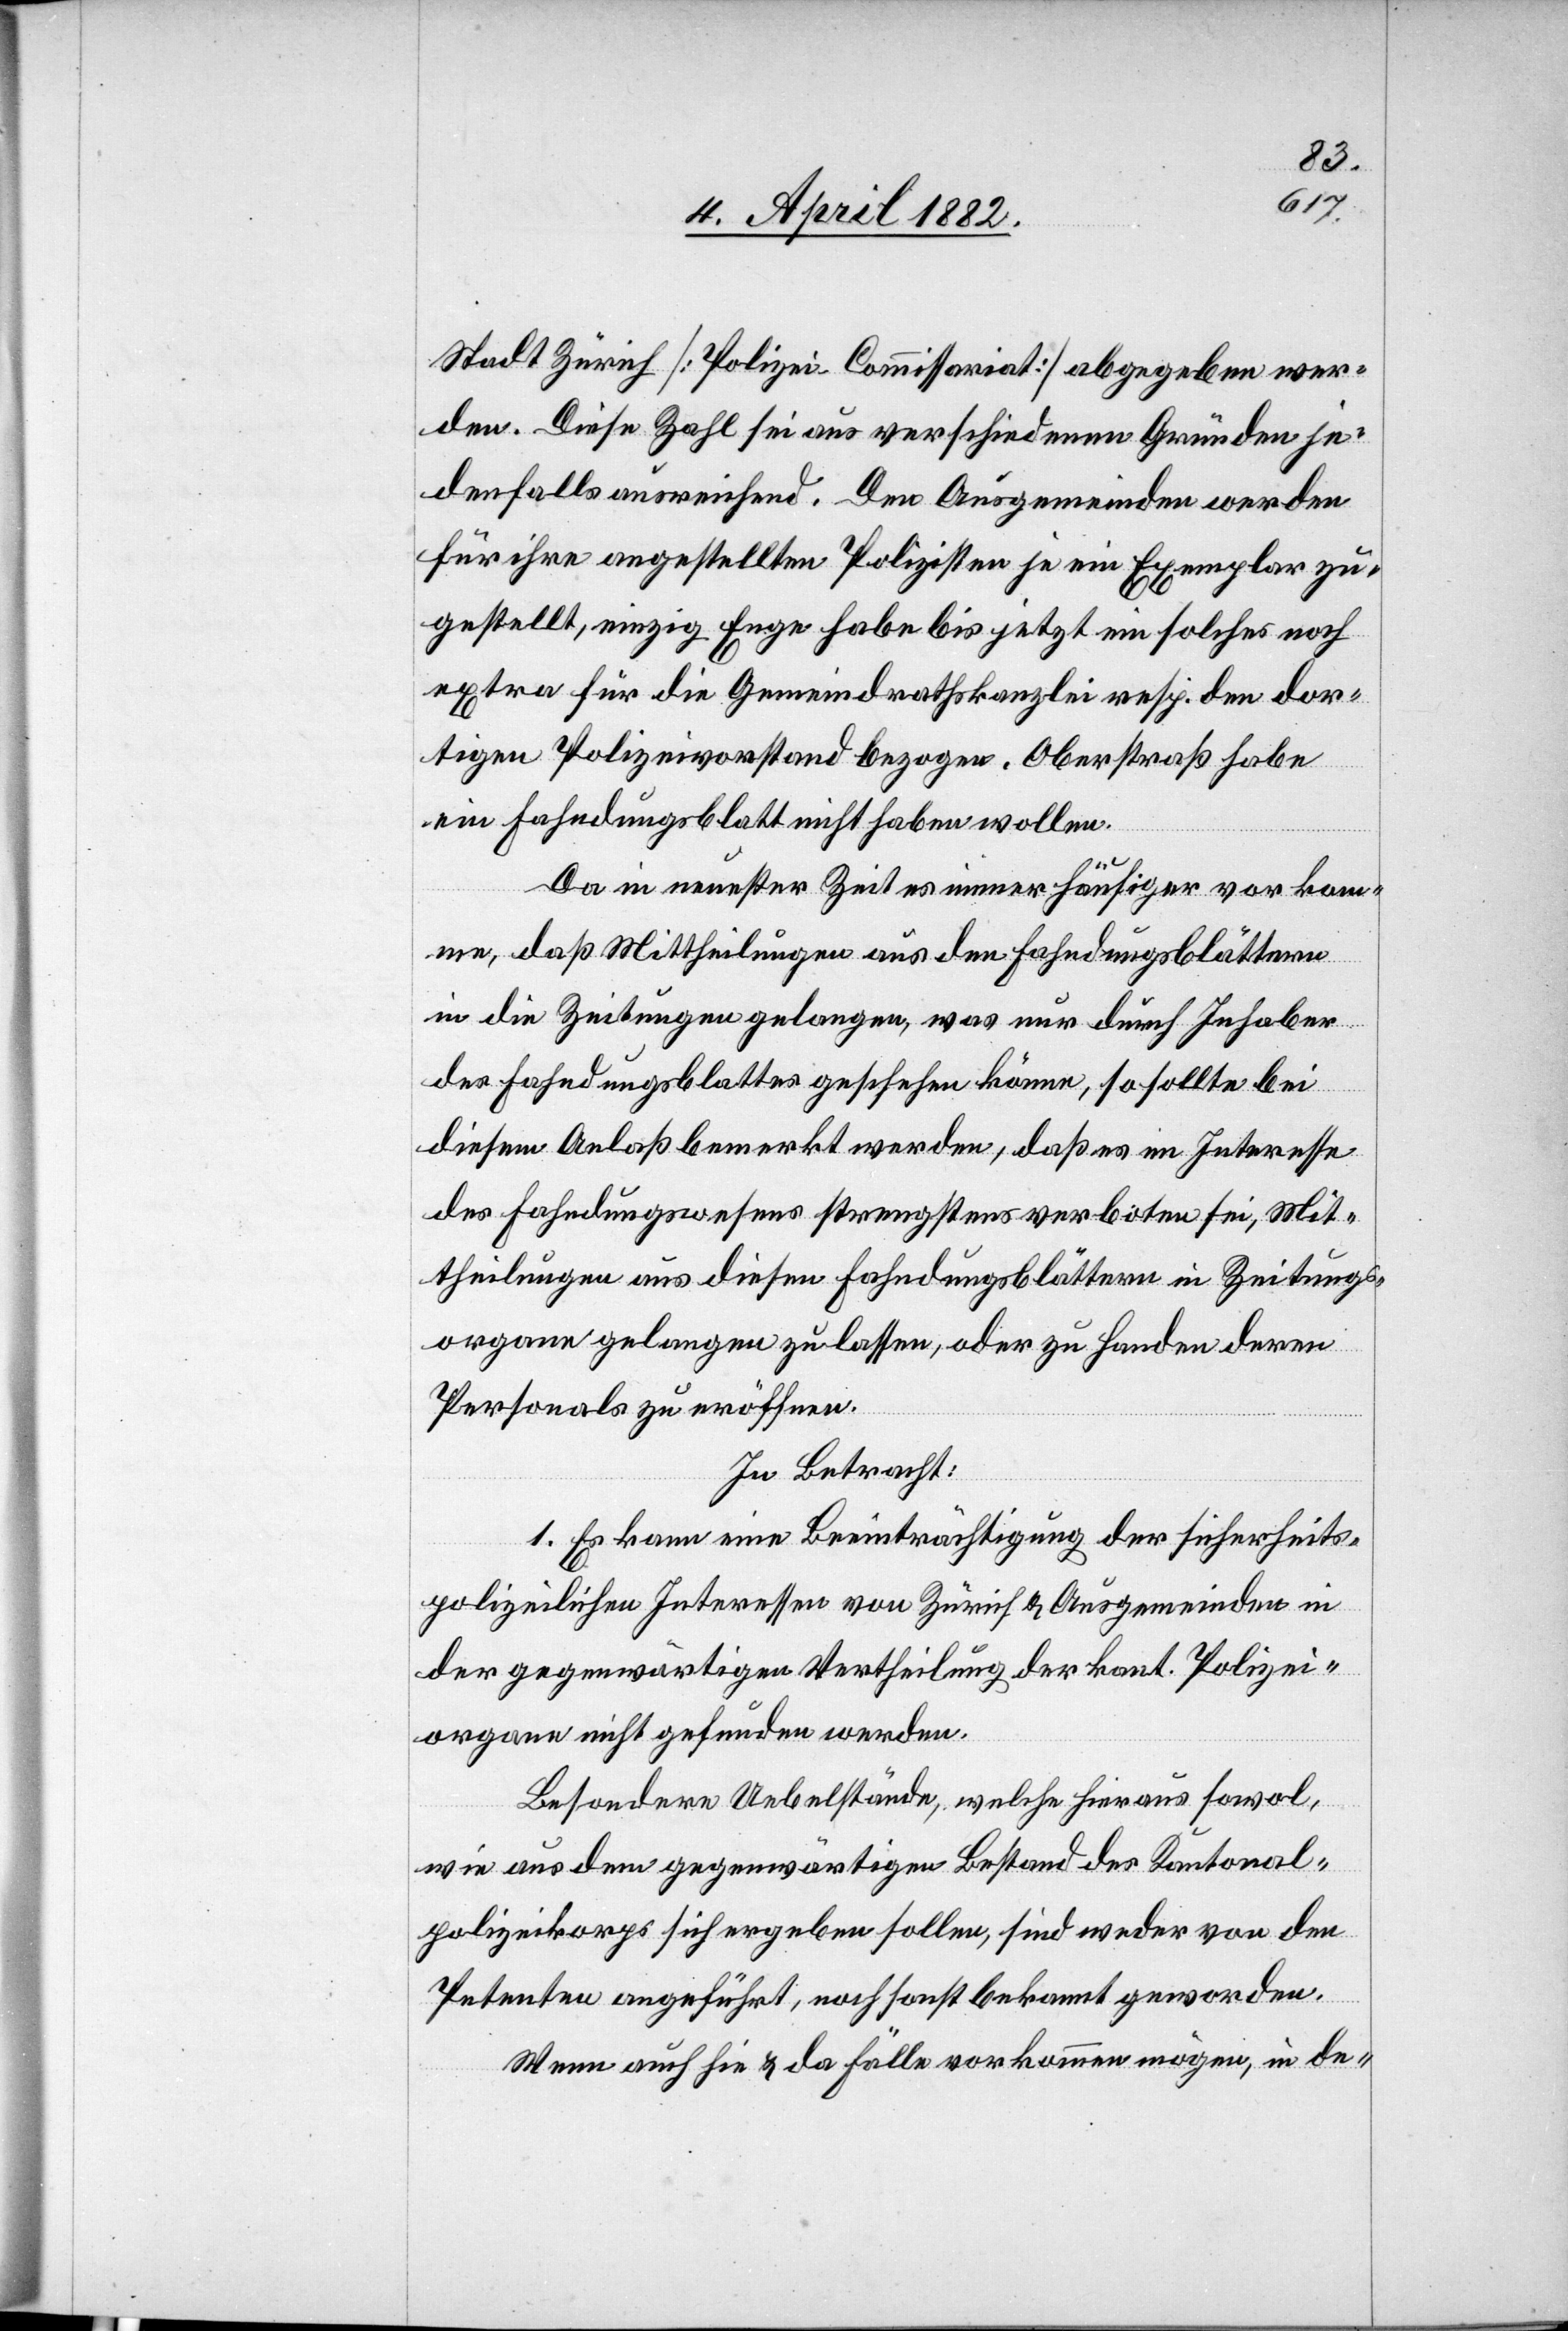
Stadt Zürich [Polizei-Commissariat] abgegeben wer¬
den. Diese Zahl sei aus verschiedenen Gründen je¬
denfalls ausreichend. Den Ausgemeinden werden
für ihre angestellten Polizisten je ein Exemplar zu¬
gestellt, einzig Enge habe bis jetzt ein solches noch
extra für die Gemeindrathskanzlei resp. den dor¬
tigen Polizeivorstand bezogen. Oberstraß habe
ein Fahndungsblatt nicht haben wollen.
Da in neuester Zeit es immer häufiger vorkom¬
me, daß Mittheilungen aus den Fahndungsblättern
in die Zeitungen gelangen, was nur durch Inhaber
des Fahndungsblattes geschehen könne, so sollte bei
diesem Anlaß bemerkt werden, daß es im Interesse
des Fahndungswesens strengstens verboten sei, Mit¬
theilungen aus diesen Fahndungsblättern in Zeitungs¬
organe gelangen zu lassen, oder zu Handen deren
Personals zu eröffnen.
In Betracht:
1. Es kann eine Beeinträchtigung der sicherheits¬
polizeilichen Interessen von Zürich & Ausgemeinden in
der gegenwärtigen Vertheilung der kant. Polizei¬
organe nicht gefunden werden.
Besondere Uebelstände, welche hieraus sowol,
wie aus dem gegenwärtigen Bestand des Kantonal¬
polizeikorps sich ergeben sollen, sind weder von den
Petenten angeführt, noch sonst bekannt geworden.
Wenn auch hie & da Fälle vorkommen mögen, in de-